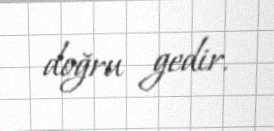
doğru gedir.